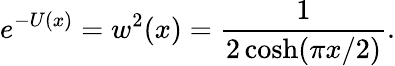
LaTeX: e^{-U(x)}=w^{2}(x)={\frac{1}{2\cosh(\pi x/2)}}.